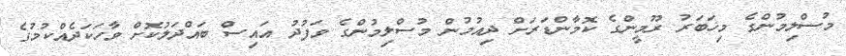
މުސްލިމުންގެ މިޚަބަރު ރޫމީންގެ ކޮމާންޑަރަށް ދިއުމުން މުސްލިމުންގެ ވަފުދު އައިސް ބައްދަލުކޮށް ވާހަކަދެއްކުމުގެ